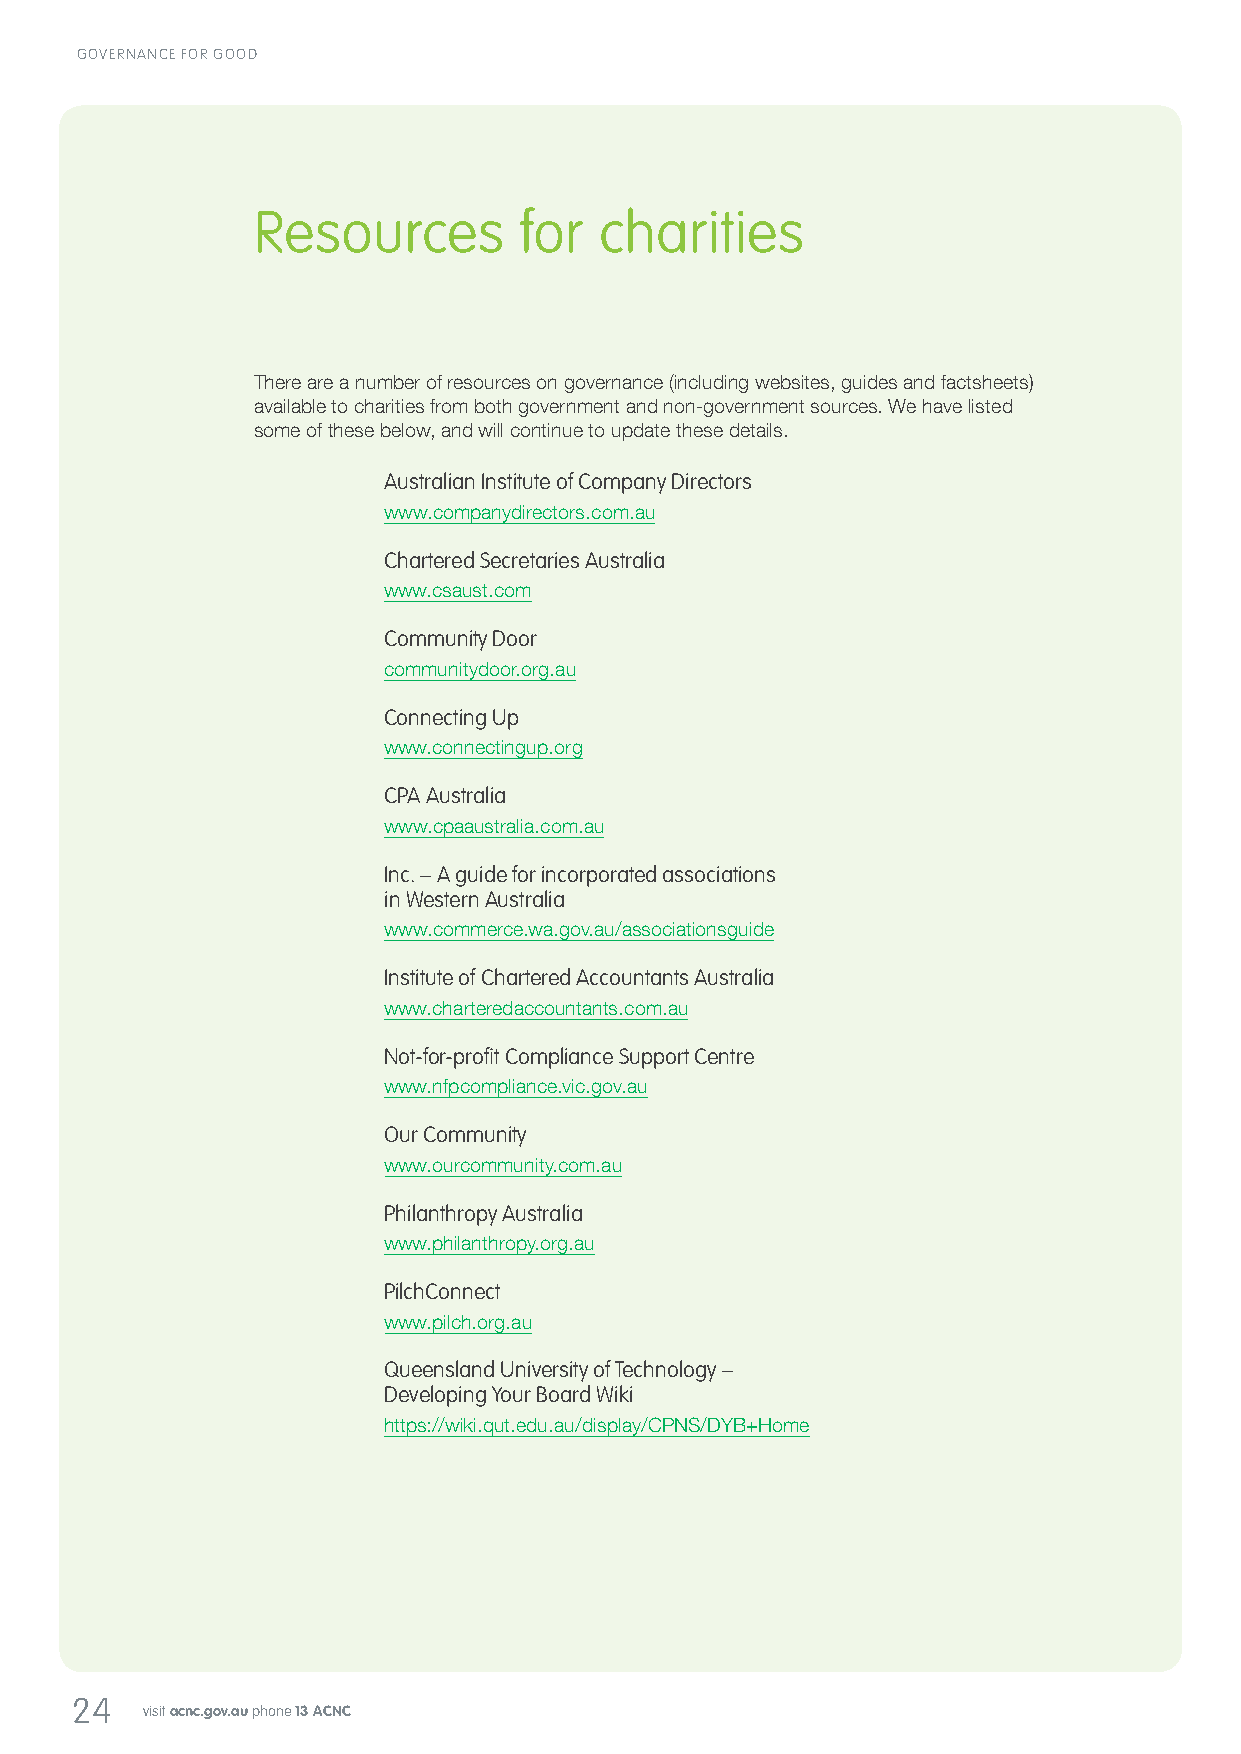
GOVERNANCE FOR GOOD
 Resources        for   charities
 There are a number of resources on governance (including websites, guides and factsheets)
 available to charities from both government and non-government sources. We have listed
 some of these below, and will continue to update these details.
 Australian Institute of Company Directors
 www.companydirectors.com.au
 Chartered Secretaries Australia
 www.csaust.com
 Community Door
 communitydoor.org.au
 Connecting Up
 www.connectingup.org
 CPA Australia
 www.cpaaustralia.com.au
 Inc. – A guide for incorporated associations
 in Western Australia
 www.commerce.wa.gov.au/associationsguide
 Institute of Chartered Accountants Australia
 www.charteredaccountants.com.au
 Not-for-profit Compliance Support Centre
 www.nfpcompliance.vic.gov.au
 Our Community
 www.ourcommunity.com.au
 Philanthropy Australia
 www.philanthropy.org.au
 PilchConnect
 www.pilch.org.au
 Queensland University of Technology –
 Developing Your Board Wiki
 https://wiki.qut.edu.au/display/CPNS/DYB+Home
 24
 visit acnc.gov.au phone 13 ACNC